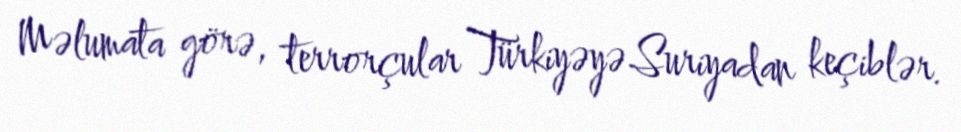
Məlumata görə, terrorçular Türkiyəyə Suriyadan keçiblər.